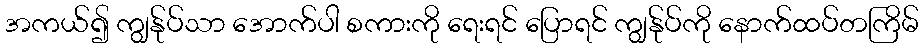
အကယ်၍ ကျွန်ုပ်သာ အောက်ပါ စကားကို ရေးရင် ပြောရင် ကျွန်ုပ်ကို နောက်ထပ်တကြိမ်